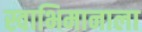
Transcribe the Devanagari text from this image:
स्वाभिमानाला